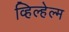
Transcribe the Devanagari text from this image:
व्हिल्हेल्म